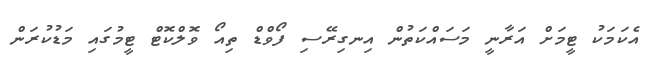
އެކަމަކު ޓީމަށް އަރާނީ މަސައްކަތުން އިނގިރޭސި ފޯވްޑް ތިއޯ ވޮލްކޮޓް ޓީމުގައި މަޑުކުރަން